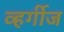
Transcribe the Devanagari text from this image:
व्हर्गीज